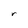
Character: r